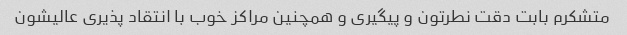
متشکرم بابت دقت نطرتون و پیگیری و همچنین مراکز خوب با انتقاد پذیری عالیشون